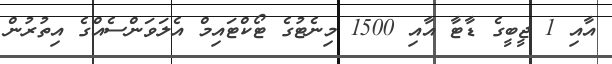
އާއި 1 ޖީބީގެ ޑާޓާ އާއި 1500 މިނެޓުގެ ޓޯކްޓައިމް އެލަވަންސެއްގެ އިތުރުން